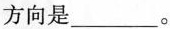
方向是___。